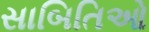
સાબિતિઓ